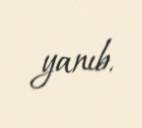
yanıb.